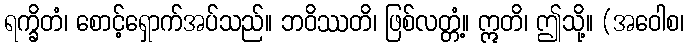
ရက္ခိတံ၊ စောင့်ရှောက်အပ်သည်။ ဘဝိဿတိ၊ ဖြစ်လတ္တံ့။ ဣတိ၊ ဤသို့။ (အဝေါစ၊